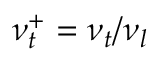
\nu _ { t } ^ { + } = \nu _ { t } / \nu _ { l }